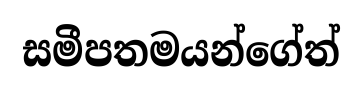
සමීපතමයන්ගේත්